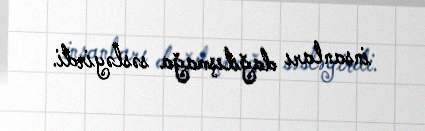
insanları dağılışmağa səsləyirdi.